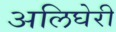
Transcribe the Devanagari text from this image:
अलिघेरी